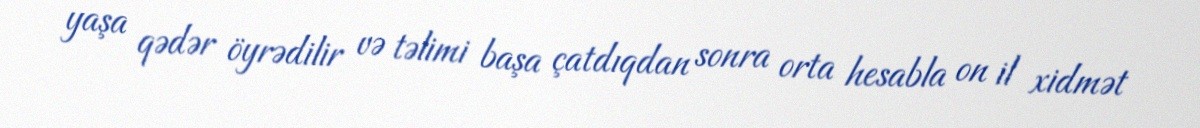
yaşa qədər öyrədilir və təlimi başa çatdıqdan sonra orta hesabla on il xidmət